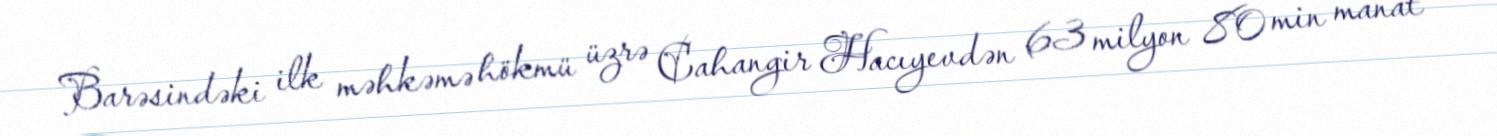
Barəsindəki ilk məhkəmə hökmü üzrə Cahangir Hacıyevdən 63 milyon 80 min manat